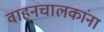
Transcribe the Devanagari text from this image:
वाहनचालकांना